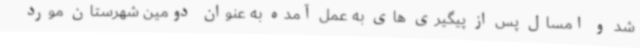
شد و امسال پس از پیگیری های به عمل آمده به عنوان دومین شهرستان مورد